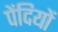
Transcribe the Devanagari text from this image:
पेंदियों